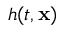
h ( t , { \bf x } )